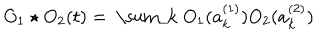
LaTeX: O _ { 1 } \star O _ { 2 } ( t ) = \mathrm { ~ \sum _ { k } ~ } O _ { 1 } ( a _ { k } ^ { ( 1 ) } ) O _ { 2 } ( a _ { k } ^ { ( 2 ) } )